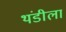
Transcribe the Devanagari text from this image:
थंडीला